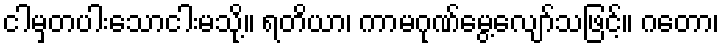
ငါမှတပါးသောငါးမသို့။ ရတိယာ၊ ကာမဂုဏ်မွေ့လျော်သဖြင့်။ ဂတော၊